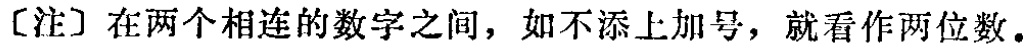
[注] 在两个相连的数字之间，如不添上加号，就看作两位数。